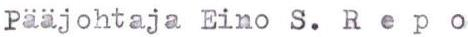
Pääjohtaja Eino S. Repo